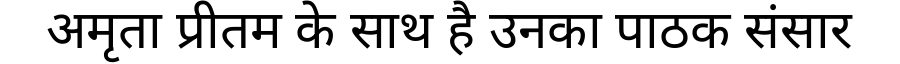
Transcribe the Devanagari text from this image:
अमृता प्रीतम के साथ है उनका पाठक संसार